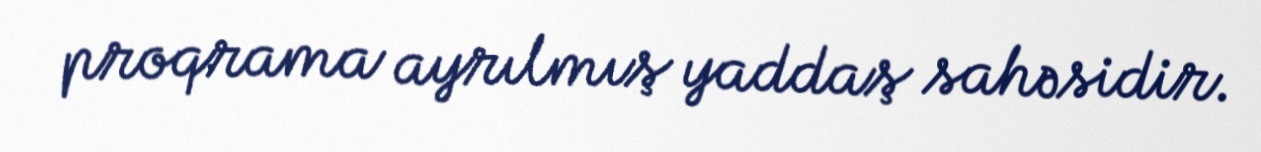
proqrama ayrılmış yaddaş sahəsidir.